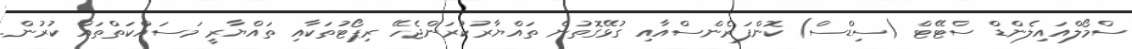
ސްމޯލްއައިލެންޑް ސްޓޭޓް (ސިޑްސް) ކޮންފަރެންސްއާއި ގުޅޭގޮތުން ތައްޔާރުކުރަންޖެހޭ ރިޕޯޓުތަކާއި ތައްޔާރީ މަސައްކަތްތައް ކުރުން.